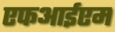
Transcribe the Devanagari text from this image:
एफआईएम